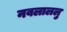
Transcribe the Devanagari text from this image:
नवलाललु